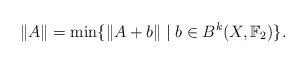
LaTeX: \begin{align*}\|A\| = \min \{ \|A + b\| \; | \; b \in B^k(X,\mathbb{F}_2)\}.\end{align*}